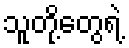
သူတို့တွေရဲ့